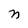
Character: n